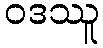
ဝဒဿူ